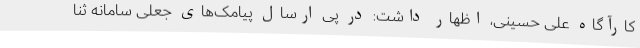
کارآگاه علی حسینی، اظهار داشت: در پی ارسال پیامک‌های جعلی سامانه ثنا